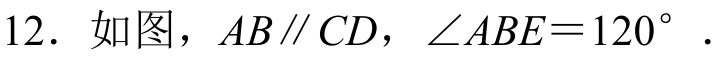
12. 如图，\(AB\parallel CD\)，\(\angle ABE = 120^{\circ}\)  .